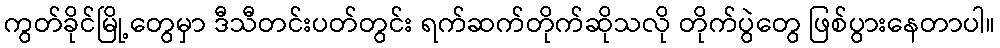
ကွတ်ခိုင်မြို့တွေမှာ ဒီသီတင်းပတ်တွင်း ရက်ဆက်တိုက်ဆိုသလို တိုက်ပွဲတွေ ဖြစ်ပွားနေတာပါ။